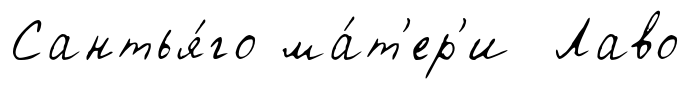
Сантья́го ма́т'ер'и Лаво